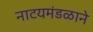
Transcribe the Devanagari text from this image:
नाटयमंडळाने